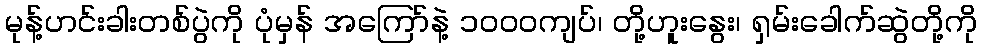
မုန့်ဟင်းခါးတစ်ပွဲကို ပုံမှန် အကြော်နဲ့ ၁ဝဝဝကျပ်၊ တို့ဟူးနွေး၊ ရှမ်းခေါက်ဆွဲတို့ကို